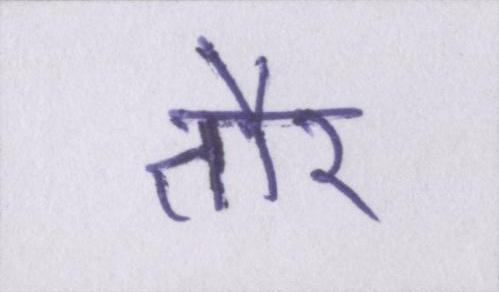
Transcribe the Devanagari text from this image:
तौर